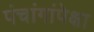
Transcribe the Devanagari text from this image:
पंचांगांपेक्षा